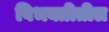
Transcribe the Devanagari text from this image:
विभक्तीतील